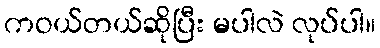
ကဝယ်တယ်ဆိုပြီး မပါလဲ လုပ်ပါ။